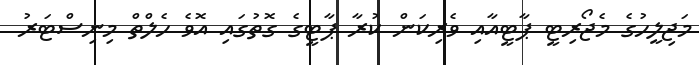
މަޖިލީހުގެ މެޖޯރިޓީ ޕާޓީއާއި ވެރިކަން ކުރާ ޕާޓީގެ ގޮތުގައި އޮވެ ހެލްތް މިނިސްޓަރު